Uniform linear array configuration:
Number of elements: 12
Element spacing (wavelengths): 0.5
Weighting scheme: cosine
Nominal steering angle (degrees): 0
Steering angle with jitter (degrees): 0.9478
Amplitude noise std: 0.05
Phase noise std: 0.05

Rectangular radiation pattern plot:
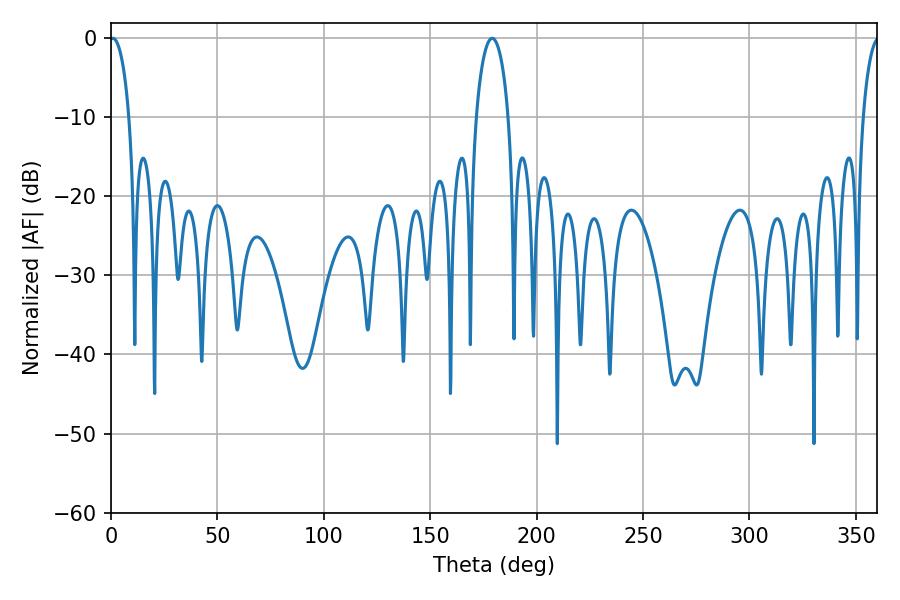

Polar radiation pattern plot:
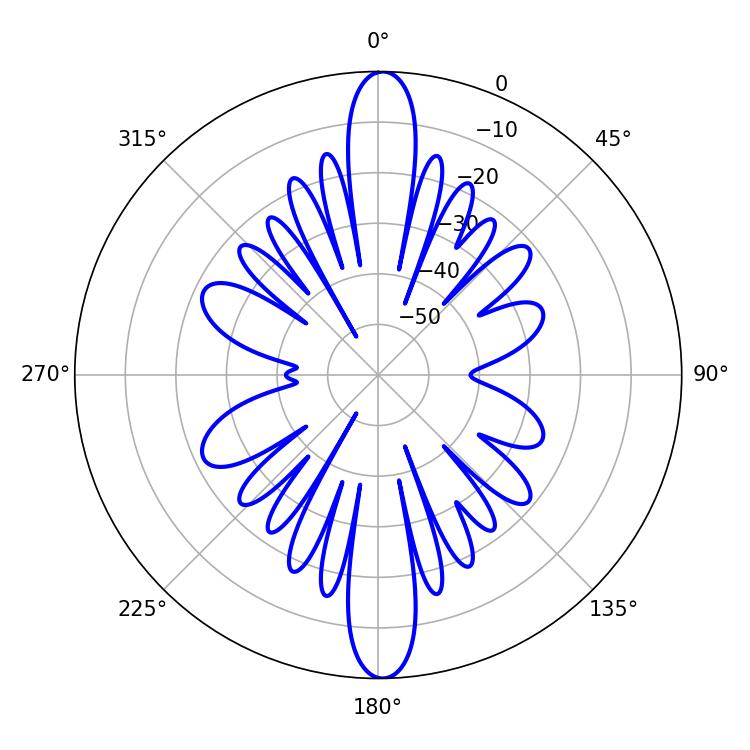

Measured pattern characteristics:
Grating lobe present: FALSE
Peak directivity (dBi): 26.424
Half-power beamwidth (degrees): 5.22
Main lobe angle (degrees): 0.9